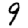
Digit: 9